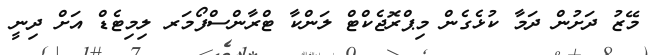
މޭޒު ދަށުން ދަމާ ކުޅެގެން މިޕްރޮޖެކްޓް ލަންކާ ޓްރާންސްފޯމަރ ލިމިޓެޑް އަށް ދިނީ